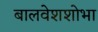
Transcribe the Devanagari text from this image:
बालवेशशोभा